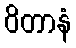
ဝိတာနံ